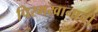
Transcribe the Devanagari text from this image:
पिरमखानाची